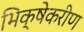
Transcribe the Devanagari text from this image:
भिक्षेकरीण